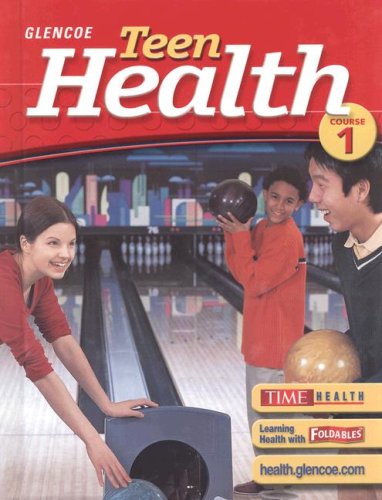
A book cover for Teen Health, Course 1, Student Edition; McGraw-Hill Education; Health, Fitness & Dieting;